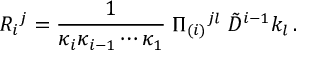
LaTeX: R _ { i } { } ^ { j } = { \frac { 1 } { \kappa _ { i } \kappa _ { i - 1 } \cdots \kappa _ { 1 } } } \; \Pi _ { ( i ) } { } ^ { j l } \; \tilde { D } ^ { i - 1 } k _ { l } \, .